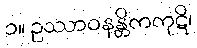
၁။ ဥဿာဝနန္တိကကုဋိ၊